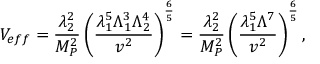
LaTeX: V _ { e f f } = \frac { \lambda _ { 2 } ^ { 2 } } { M _ { P } ^ { 2 } } \left( \frac { \lambda _ { 1 } ^ { 5 } \Lambda _ { 1 } ^ { 3 } \Lambda _ { 2 } ^ { 4 } } { v ^ { 2 } } \right) ^ { \frac { 6 } { 5 } } = \frac { \lambda _ { 2 } ^ { 2 } } { M _ { P } ^ { 2 } } \left( \frac { \lambda _ { 1 } ^ { 5 } \Lambda ^ { 7 } } { v ^ { 2 } } \right) ^ { \frac { 6 } { 5 } } ,